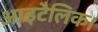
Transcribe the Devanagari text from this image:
आइटैलिक।